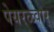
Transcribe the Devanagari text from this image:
पेयरळ्वार्